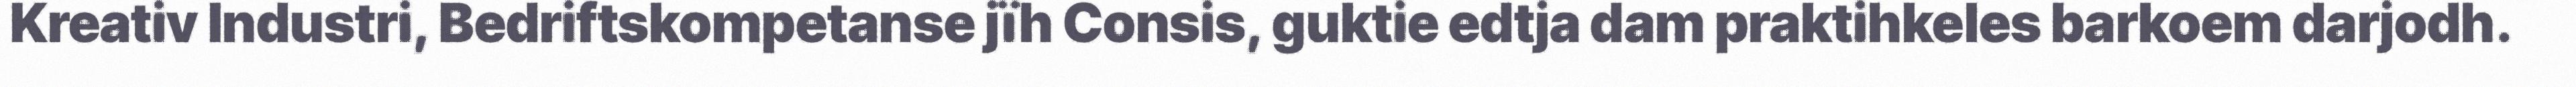
Kreativ Industri, Bedriftskompetanse jïh Consis, guktie edtja dam praktihkeles barkoem darjodh.